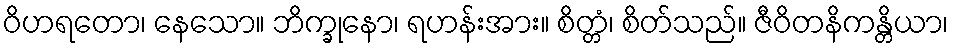
ဝိဟရတော၊ နေသော။ ဘိက္ခုနော၊ ရဟန်းအား။ စိတ္တံ၊ စိတ်သည်။ ဇီဝိတနိကန္တိယာ၊